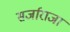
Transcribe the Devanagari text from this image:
सर्जाराजा